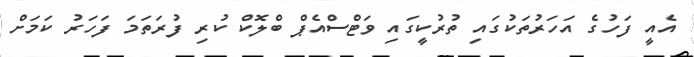
އެއީ ފަހުގެ އަހަރުތަކުގައި ތުރުކީގައި ވަޓްސްއެޕް ބްލޮކް ކުރި ފުރަތަމަ ފަހަރު ކަމަށް